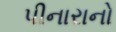
પીનારાનો